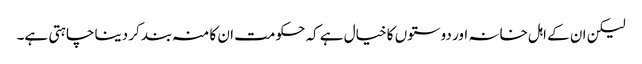
لیکن ان کے اہل خانہ اور دوستوں کا خیال ہے کہ حکومت ان کا منہ بند کر دینا چاہتی ہے۔